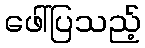
ဖေါ်ပြသည့်